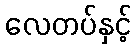
လေတပ်နှင့်